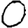
Digit: 0